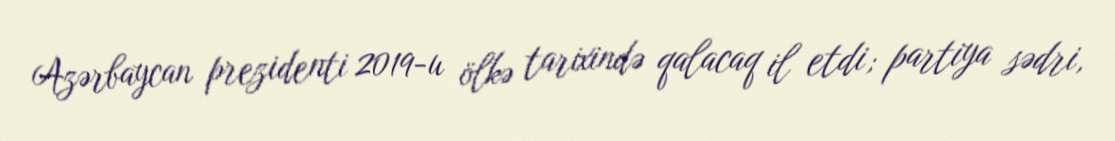
Azərbaycan prezidenti 2019-u ölkə tarixində qalacaq il etdi; partiya sədri,